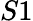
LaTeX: S1